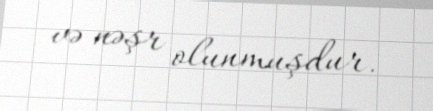
və nəşr olunmuşdur.